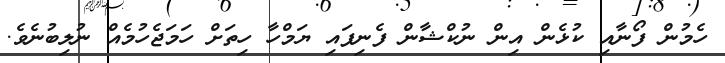
ހެމުން ފޯނާއި ކުޅެން އިން ނުކްޝާން ފެނިފައި ޔަމްހާ ހިތަށް ހަމަޖެހުމެއް ނުލިބުނެވެ.